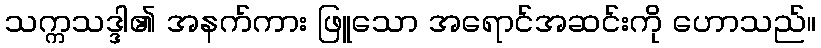
သက္ကသဒ္ဒါ၏ အနက်ကား ဖြူသော အရောင်အဆင်းကို ဟောသည်။